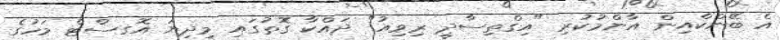
އެ ބޭންކްއިން އާންމުކުރި "އިގްތިސާދީ ރިވިއު" ދައްކާ ގޮތުގައި މިދިޔަ އޮގސްޓް މަހުގެ